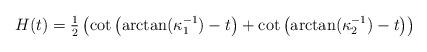
LaTeX: \begin{align*} H(t) = \tfrac{1}{2}\left( \cot\left(\arctan(\kappa_1^{-1})-t\right) + \cot\left(\arctan(\kappa_2^{-1})-t\right) \right)\end{align*}